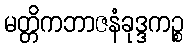
မတ္တိကဘာဇနံခုဒ္ဒကဉ္စ